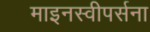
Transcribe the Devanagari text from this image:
माइनस्वीपर्सना